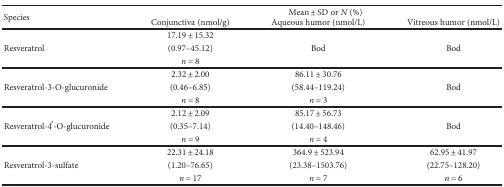
<table><thead><tr><td rowspan="2"><b>Species</b></td><td colspan="3"><b>Mean ± SD or <i>N</i> (%)</b></td></tr><tr><td><b>Conjunctiva (nmol/g)</b></td><td><b>Aqueous humor (nmol/L)</b></td><td><b>Vitreous humor (nmol/L)</b></td></tr></thead><tbody><tr><td rowspan="3">Resveratrol</td><td>17.19 ± 15.32</td><td></td><td></td></tr><tr><td>(0.97–45.12)</td><td>Bod</td><td>Bod</td></tr><tr><td><i>n</i> = 8</td><td></td><td></td></tr><tr><td rowspan="3">Resveratrol-3-O-glucuronide</td><td>2.32 ± 2.00</td><td>86.11 ± 30.76</td><td></td></tr><tr><td>(0.46–6.85)</td><td>(58.44–119.24)</td><td>Bod</td></tr><tr><td><i>n</i> = 8</td><td><i>n</i> = 3</td><td></td></tr><tr><td rowspan="3">Resveratrol-4′-O-glucuronide</td><td>2.12 ± 2.09</td><td>85.17 ± 56.73</td><td></td></tr><tr><td>(0.35–7.14)</td><td>(14.40–148.46)</td><td>Bod</td></tr><tr><td><i>n</i> = 9</td><td><i>n</i> = 4</td><td></td></tr><tr><td rowspan="3">Resveratrol-3-sulfate</td><td>22.31 ± 24.18</td><td>364.9 ± 523.94</td><td>62.95 ± 41.97</td></tr><tr><td>(1.20–76.65)</td><td>(23.38–1503.76)</td><td>(22.75–128.20)</td></tr><tr><td><i>n</i> = 17</td><td><i>n</i> = 7</td><td><i>n</i> = 6</td></tr></tbody></table>